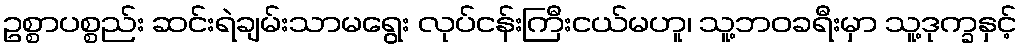
ဥစ္စာပစ္စည်း ဆင်းရဲချမ်းသာမရွေး လုပ်ငန်းကြီးငယ်မဟူ၊ သူ့ဘဝခရီးမှာ သူ့ဒုက္ခနှင့်